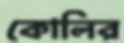
কোলির